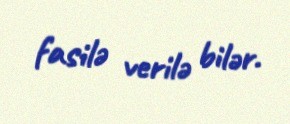
fasilə verilə bilər.